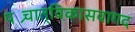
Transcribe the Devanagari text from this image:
पश्र्चात्‌विकासवागद